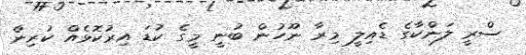
ސްރީ ލަންކާގެ ޑެއިލީ މިރާ ނޫހުން ބުނީ މީގެ ކުޑަ އިރުކޮޅެއް ކުރިން